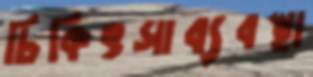
চিকিৎসাব্যবস্থা